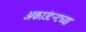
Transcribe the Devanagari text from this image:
अकाउंटन्टच्या